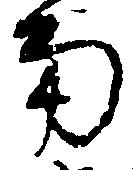
南